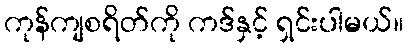
ကုန်ကျစရိတ်ကို ကဒ်နှင့် ရှင်းပါမယ်။